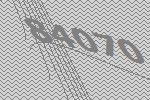
84070